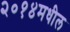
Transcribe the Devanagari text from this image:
२०१४मधील